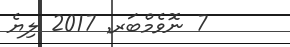
7 ނޮވެމްބަރ